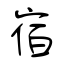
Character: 宿